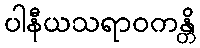
ပါနီယသရာဝကန္တိ